Indian journal of veterinary science and animal husbandry - Volume 6,
Year: 1936
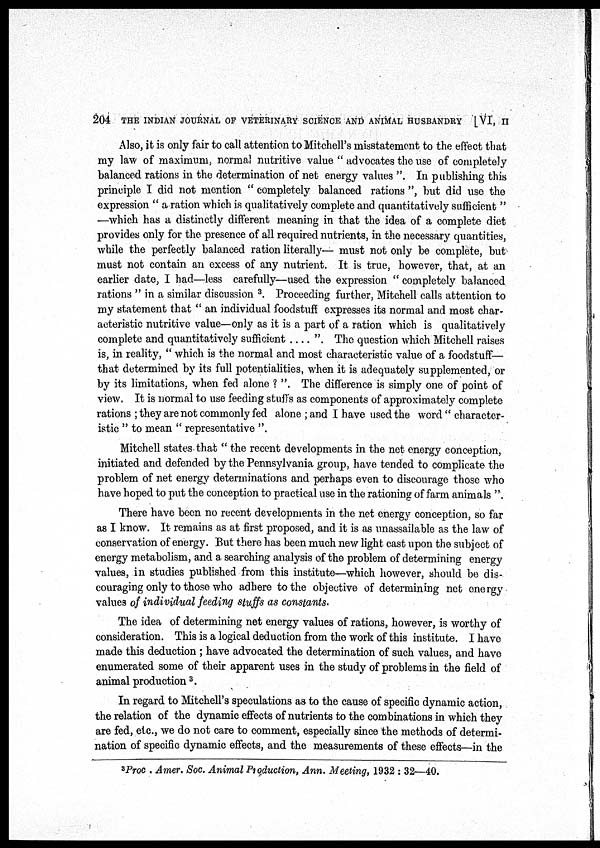
204 THE INDIAN JOURNAL OF VETERINARY SCIENCE AND ANIMAL HUSBANDRY [VI, II
Also, it is only fair to call attention to Mitchell's misstatement to the effect that
my law of maximum, normal nutritive value " advocates the use of completely
balanced rations in the determination of net energy values ". In publishing this
principle I did not mention " completely balanced rations ", but did use the
expression " a ration which is qualitatively complete and quantitatively sufficient "
—which has a distinctly different meaning in that the idea of a complete diet
provides only for the presence of all required nutrients, in the necessary quantities,
while the perfectly balanced ration literally— must not only be complete, but
must not contain an excess of any nutrient. It is true, however, that, at an
earlier date, I had—less carefully—used the expression " completely balanced
rations " in a similar discussion 3 . Proceeding further, Mitchell calls attention to
my statement that " an individual foodstuff expresses its normal and most char-
acteristic nutritive value—only as it is a part of a ration which is qualitatively
complete and quantitatively sufficient . . . . ". The question which Mitchell raises
is, in reality, " which is the normal and most characteristic value of a foodstuff—
that determined by its full potentialities, when it is adequately supplemented, or
by its limitations, when fed alone ? ". The difference is simply one of point of
view. It is normal to use feeding stuffs as components of approximately complete
rations ; they are not commonly fed alone ; and I have used the word " character-
istic " to mean " representative ".
Mitchell states that " the recent developments in the net energy conception,
initiated and defended by the Pennsylvania group, have tended to complicate the
problem of net energy determinations and perhaps even to discourage those who
have hoped to put the conception to practical use in the rationing of farm animals ".
There have been no recent developments in the net energy conception, so far
as I know. It remains as at first proposed, and it is as unassailable as the law of
conservation of energy. But there has been much new light cast upon the subject of
energy metabolism, and a. searching analysis of the problem of determining energy
values, in studies published from this institute—which however, should be dis-
couraging only to those who adhere to the objective of determining net energy
values of individual feeding stuffs as constants.
The idea of determining net energy values of rations, however, is worthy of
consideration. This is a logical deduction from the work of this institute. I have
made this deduction ; have advocated the determination of such values, and have
enumerated some of their apparent uses in the study of problems in the field of
animal production 3 .
In regard to Mitchell's speculations as to the cause of specific dynamic action,
the relation of the dynamic effects of nutrients to the combinations in which they
are fed, etc., we do not care to comment, especially since the methods of determi-
nation of specific dynamic effects, and the measurements of these effects—in the
3
Proc . Amer. Soc. Animal Production, Ann. Meeting, 1932 : 32—40.